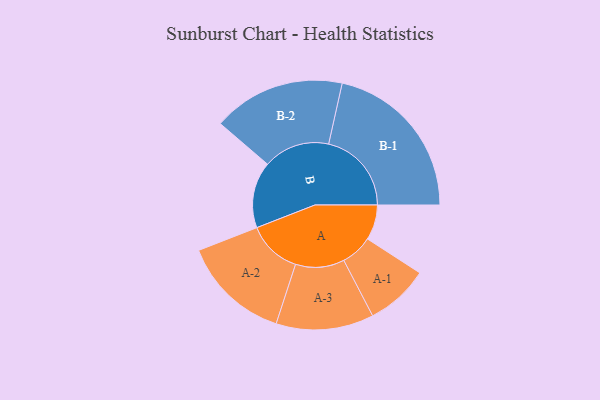
{"axis": {"x": "Segment", "y": "Value"}, "legend": ["", "A", "B"], "data": [{"x": "A", "y": 119, "type": ""}, {"x": "B", "y": 224, "type": ""}, {"x": "A-1", "y": 107, "type": "A"}, {"x": "A-2", "y": 183, "type": "A"}, {"x": "A-3", "y": 165, "type": "A"}, {"x": "B-1", "y": 280, "type": "B"}, {"x": "B-2", "y": 224, "type": "B"}]}